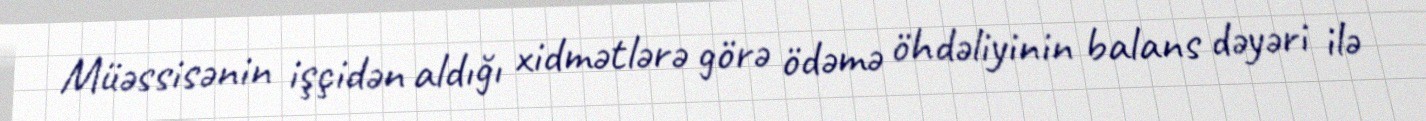
Müəssisənin işçidən aldığı xidmətlərə görə ödəmə öhdəliyinin balans dəyəri ilə